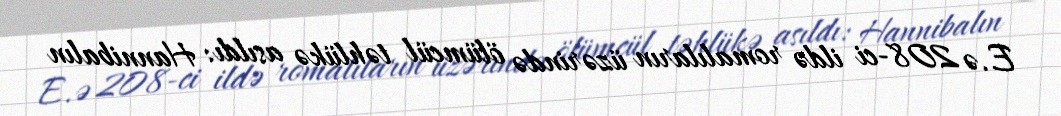
E.ə 208-ci ildə romalıların üzərində ölümcül təhlükə asıldı: Hannibalın